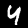
Digit: 4